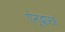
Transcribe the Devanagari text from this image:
ऐन्द्रास्त्र